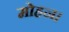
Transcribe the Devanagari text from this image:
मोहन।